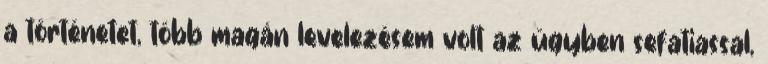
a történetet, több magán levelezésem volt az ügyben sefatiassal,